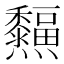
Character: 𤓜